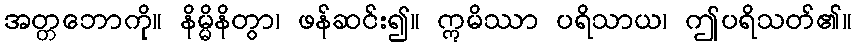
အတ္တဘောကို။ နိမ္မိနိတွာ၊ ဖန်ဆင်း၍။ ဣမိဿာ ပရိသာယ၊ ဤပရိသတ်၏။